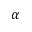
\alpha